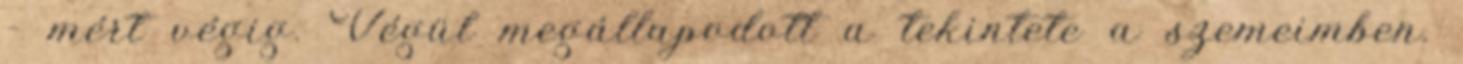
– mért végig. Végül megállapodott a tekintete a szemeimben.